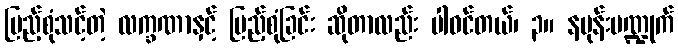
ပြည့်စုံသင့်တဲ့ လက္ခဏာနှင့် ပြည့်စုံခြင်း ဆိုတာလည်း ပါဝင်တယ်၊ ၃။ နပုန်းပဏ္ဍုက်